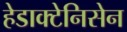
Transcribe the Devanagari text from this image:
हेडाक्टेनिसेन